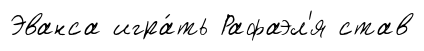
Эванса игра́ть Рафаэл'я став